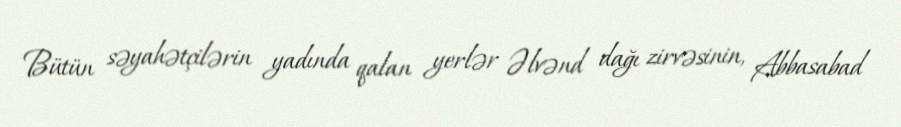
Bütün səyahətçilərin yadında qalan yerlər Əlvənd dağı zirvəsinin, Abbasabad